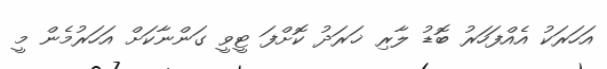
އަހަރަކު އެއްފަހަރު ބޮޑު ލާރި ޚަރަދު ކޮށްފަ ޓީވީ ގަންނާކަށް އަހަރުމެން މީ